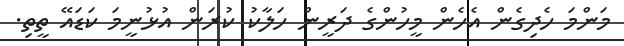
މަންމަ ހެދިގެން އެހެން މީހުންގެ ދަރީން ހަލާކު ކުރަން އުޅުނީމަ ކަޑައޭ ތީތި.